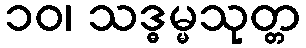
၁၀၊ သဒ္ဓမ္မသုတ္တ